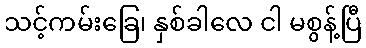
သင့်ကမ်းခြေ၊ နှစ်ခါလေ ငါ မစွန့်ပြီ